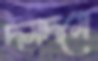
দমদমে